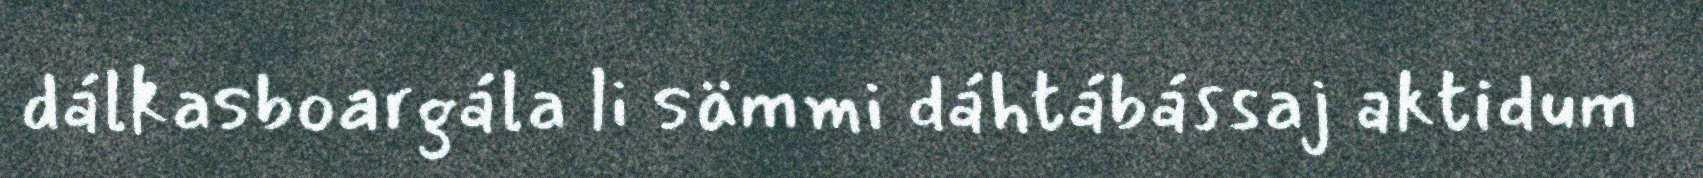
dálkasboargála li sämmi dáhtábássaj aktidum